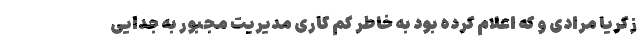
زکریا مرادی و که اعلام کرده بود به خاطر کم کاری مدیریت مجبور به جدایی